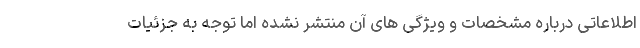
اطلاعاتی درباره مشخصات و ویژگی های آن منتشر نشده اما توجه به جزئیات